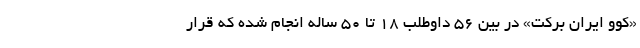
«کوو ایران برکت» در بین ۵۶ داوطلب ۱۸ تا ۵۰ ساله انجام شده که قرار